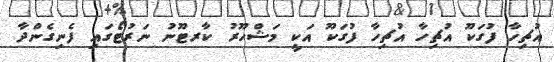
އުޗިހާ ފުގަކޫ އުޗިހާ އުޗިހާ ފުގަކޫ އަކީ މަޝްހޫރު ކާރޓޫނު ނަރުޓޯގައި ފެނިގެންދާ